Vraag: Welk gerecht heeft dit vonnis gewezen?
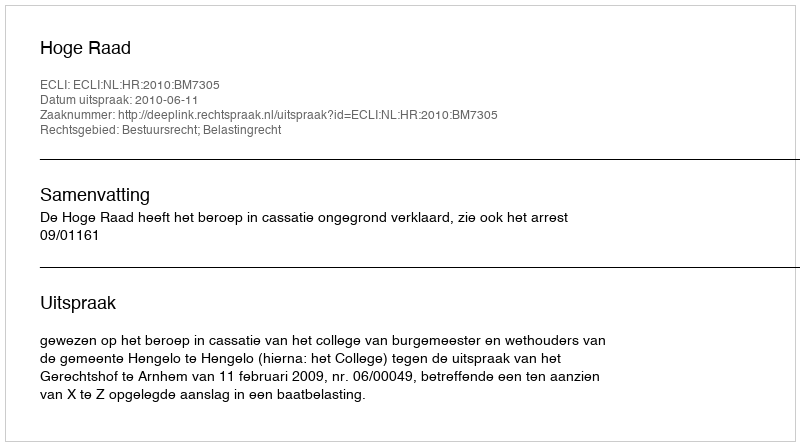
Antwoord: Hoge Raad